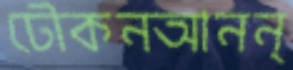
ঢৌকনআনন্